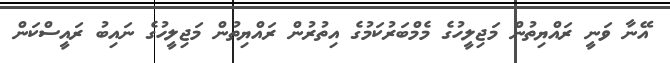
އޭނާ ވަނީ ރައްޔިތުން މަޖިލީހުގެ މެމްބަރުކަމުގެ އިތުރުން ރައްޔިތުން މަޖިލީހުގެ ނައިބު ރައީސްކަން